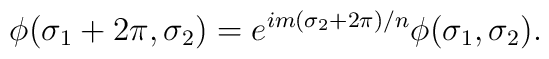
\phi(\sigma_1+2\pi,\sigma_2) = e^{im(\sigma_2+2\pi)/n} \phi(\sigma_1,\sigma_2).